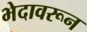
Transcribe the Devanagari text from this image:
भेदावरून